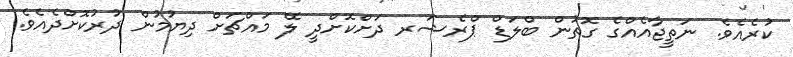
ކުރެއެވެ. ނަތީޖާއެއްގެ ގޮތުން ބްލަޑް ޕްރެޝަރ ދަށްކޮށްދީ ލޭ މައްޗަށް ދިޔުމުން ދުރުކޮށްދެއެވެ.